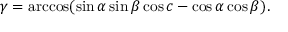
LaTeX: \gamma = \operatorname { a r c c o s } ( \sin \alpha \sin \beta \cos c - \cos \alpha \cos \beta ) .